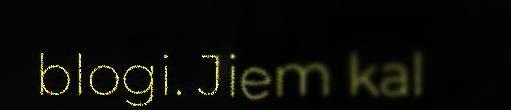
blogi. Jiem kal